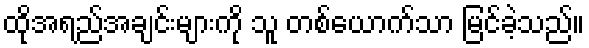
ထိုအရည်အချင်းများကို သူ တစ်ယောက်သာ မြင်ခဲ့သည်။